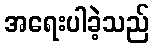
အရေးပါခဲ့သည်